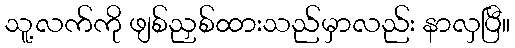
သူ့လက်ကို ဖျစ်ညှစ်ထားသည်မှာလည်း နာလှပြီ။